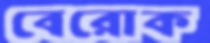
বেরোক